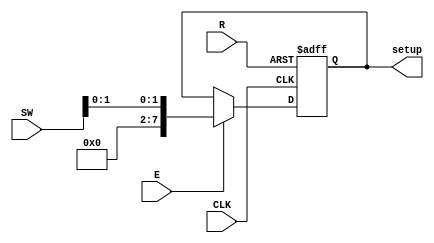
module REG_Setup (
    input wire CLK,       // Sinal de clock
    input wire R,         // Sinal de reset
    input wire E,         // Sinal de habilitao
    input wire [7:0] SW,  // Entrada dos switches (8 bits)
    output reg [7:0] setup // Sada do registrador de 2 bits
);

    always @(posedge CLK or posedge R) begin
        if (R) begin
            // Reinicia o registrador para zero quando R est ativo
            setup <= 2'b00;
        end else if (E) begin
            // Armazena o valor dos switches em setup quando E est ativo
            setup <= SW[1:0];
        end
        // Caso contrrio, mantm o valor atual de setup
    end

endmodule